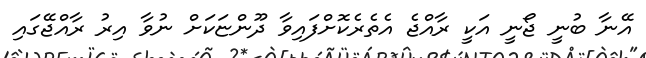
އޭނާ ބުނީ ޖޯނީ އަކީ ރާއްޖެ އެތެރެކޮށްފައިވާ ދޫންޏަކަށް ނުވާ އިރު ރާއްޖޭގައި